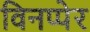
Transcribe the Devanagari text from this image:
विनप्पेर